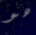
هو